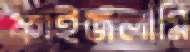
ফাইজলামি